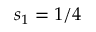
s _ { 1 } = 1 / 4